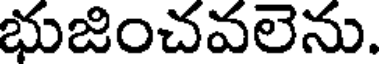
భుజించవలెను.